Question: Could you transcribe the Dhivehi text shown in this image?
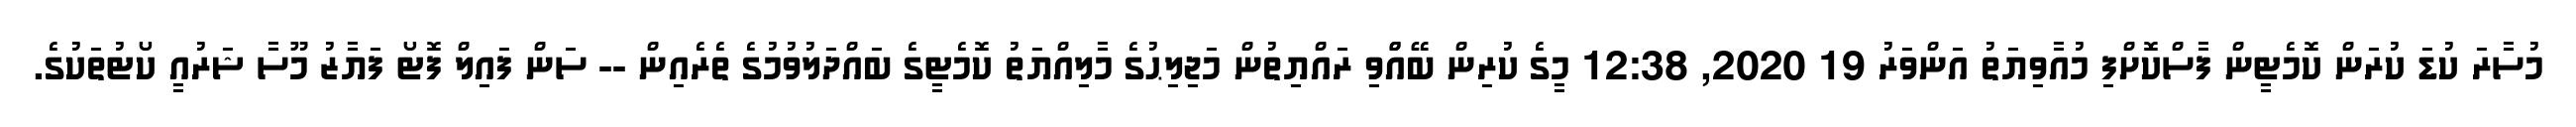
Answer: މުސާރަ ކުޑަ ކުރަން ކޮމެޓީން ފާސްކޮށްފި މުއާވިޔަތު އަންވަރު 19 2020, 12:38 މީގެ ކުރިން ބޭއްްވި ރައްޔިތުން މަޖިލިޙުގެ މާލިއްޔަތު ކޮމެޓީގެ ބައްދަލުވުމުގެ ތެރެއިން -- ސަން ފައިލް ފޮޓޯ ފަޔާޒު މޫސާ ޝަރުއީ ކޯޓުތަކުގެ.